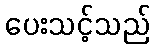
ပေးသင့်သည်